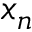
x _ { n }